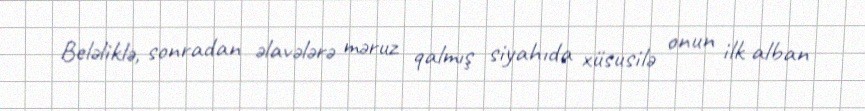
Beləliklə, sonradan əlavələrə məruz qalmış siyahıda xüsusilə onun ilk alban